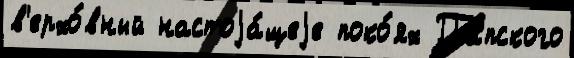
в'ерхо́вный настоjа́щеjе поко́ях Па́пского